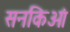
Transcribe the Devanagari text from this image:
सनकिओं